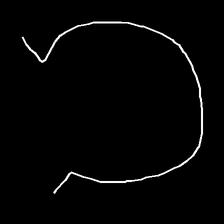
Glyph: weave